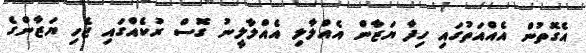
އެގޮތުން އެއްއަތުގައި ހިފާ ޔަޒާން އެއްލާލި އެއްލާލީނު ގޮސް ރުކެއްގައި ޖެހި ޔަޒާންގެ